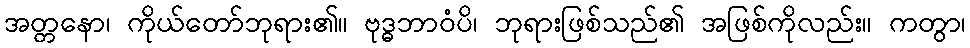
အတ္တနော၊ ကိုယ်တော်ဘုရား၏။ ဗုဒ္ဓဘာဝံပိ၊ ဘုရားဖြစ်သည်၏ အဖြစ်ကိုလည်း။ ကတွာ၊